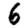
Digit: 6